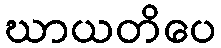
ဃာယတိပေ